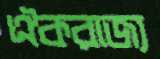
ঐকরাজ্য